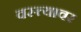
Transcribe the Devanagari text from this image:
वस्त्त्यावर